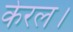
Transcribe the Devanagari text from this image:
केरल।